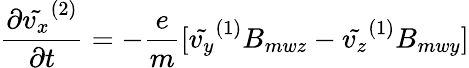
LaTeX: \frac{\partial\tilde{v_{x}}^{(2)}}{\partial t}=-\frac{e}{m}[\tilde{v_{y}}^{(1)}B_{mwz}-\tilde{v_{z}}^{(1)}B_{mwy}]